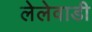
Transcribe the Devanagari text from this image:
लेलेवाडी